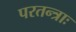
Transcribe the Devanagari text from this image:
परतन्त्राः